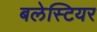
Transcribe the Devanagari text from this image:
बलेस्टियर